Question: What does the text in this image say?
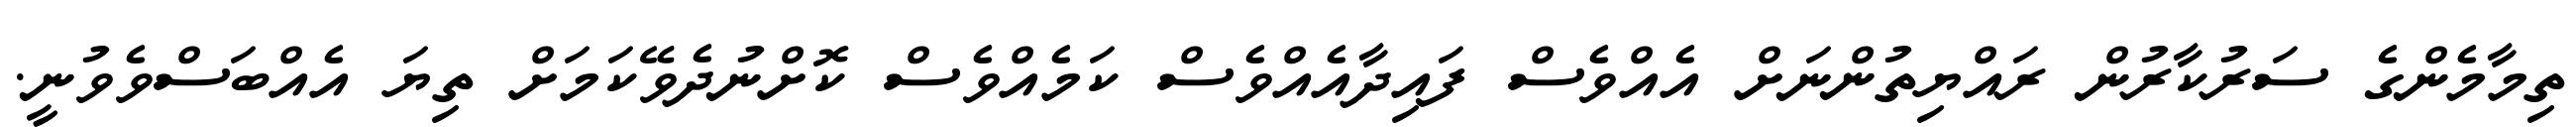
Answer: ތިމާމެންގެ ސަރުކާރުން ރައްޔިތުންނަށް އެއްވެސް ފައިދާއެއްވެސް ކަމެއްވެސް ކޮށްނުދެވޭކަމަށް ތިޔަ އެއްބަސްވެވުނީ.